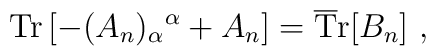
{\rm Tr}\left[ - (A_n)_\alpha{}^\alpha + A_n\right]=  {\rm \overline Tr} [B_n]\ ,